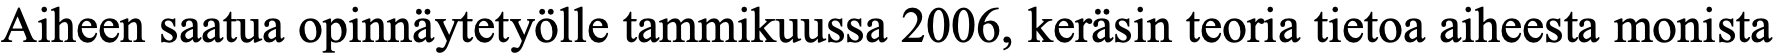
Aiheen saatua opinnäytetyölle tammikuussa 2006, keräsin teoria tietoa aiheesta monista